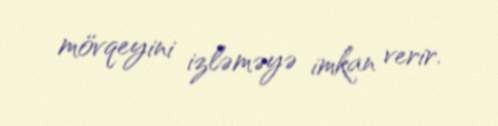
mövqeyini izləməyə imkan verir.